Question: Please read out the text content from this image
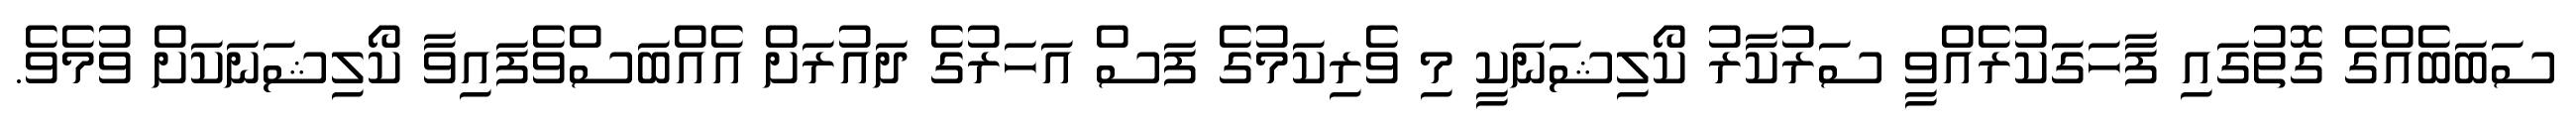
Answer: ސަބަބެއްގެ ގޮތުގައި ފާހަގަކުރެއްވީ ސަރުކާރު ކޯލިޝަނަކީ މި ވެރިކަމުގެ ފަސް އަހަރުގެ ދައުރަށް އެއްބަސްވެފައިވާ ކޯލިޝަނަކަށް ވުމެވެ.